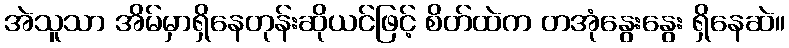
အဲသူသာ အိမ်မှာရှိနေတုန်းဆိုယင်ဖြင့် စိတ်ထဲက တအုံနွေးနွေး ရှိနေဆဲ။